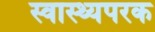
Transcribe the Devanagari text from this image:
स्वास्थ्यपरक